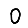
Digit: 0